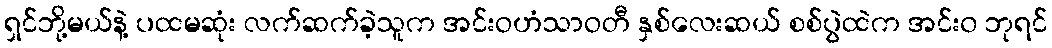
ရှင်ဘို့မယ်နဲ့ ပထမဆုံး လက်ဆက်ခဲ့သူက အင်းဝဟံသာဝတီ နှစ်လေးဆယ် စစ်ပွဲထဲက အင်း၀ ဘုရင်